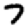
Digit: 7